Lunatic asylums Central Provinces reports 1895-1909 - 1895-1909
Year: 1895
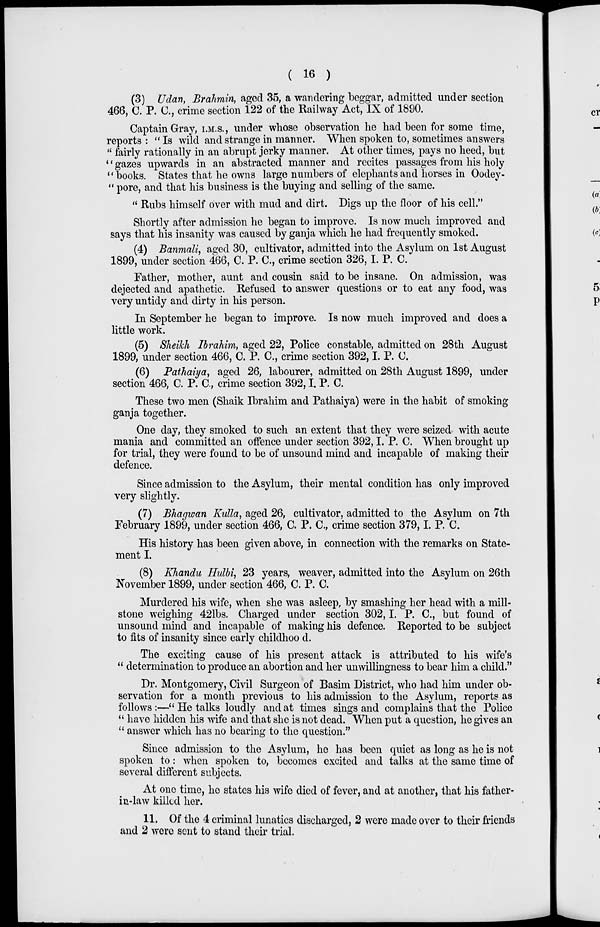
( 16 )
(3) Udan, Brahmin, aged 35, a wandering beggar, admitted under section
466, C. P. C., crime section 122 of the Railway Act, IX of 1890.
Captain Gray, I.M.S., under whose observation he had been for some time,
reports : " Is wild and strange in manner. When spoken to, sometimes answers
" fairly rationally in an abrupt jerky manner. At other times, pays no heed, but
" gazes upwards in an abstracted manner and recites passages from his holy
" books. States that he owns large numbers of elephants and horses in Oodey-
" pore, and that his business is the buying and selling of the same.
" Rubs himself over with mud and dirt. Digs up the floor of his cell."
Shortly after admission he began to improve. Is now much improved and
says that his insanity was caused by ganja which he had frequently smoked.
(4) Banmali, aged 30, cultivator, admitted into the Asylum on 1st August
1899, under section 466, C. P. C., crime section 326, I. P. C.
Father, mother, aunt and cousin said to be insane. On admission, was
dejected and apathetic. Refused to answer questions or to eat any food, was
very untidy and dirty in his person.
In September he began to improve. Is now much improved and does a
little work.
(5) Sheikh Ibrahim, aged 22, Police constable, admitted on 28th August
1899, under section 466, C. P. C., crime section 392,I. P. C.
(6) Pathaiya, aged 26, labourer, admitted on 28th August 1899, under
section 466, C. P. C., crime section 392,I. P. C.
These two men (Shaik Ibrahim and Pathaiya) were in the habit of smoking
ganja together.
One day, they smoked to such an extent that they were seized with acute
mania and committed an offence under section 392,I. P. C. When brought up
for trial, they were found to be of unsound mind and incapable of making their
defence.
Since admission to the Asylum, their mental condition has only improved
very slightly.
(7) Bhagwan Kulla, aged 26, cultivator, admitted to the Asylum on 7th
February 1899, under section 466, C. P. C, crime section 379,I. P. C.
His history has been given above, in connection with the remarks on State-
ment I.
(8) Khandu Hulbi, 23 years, weaver, admitted into the Asylum on 26th
November 1899, under section 466, C. P. C.
Murdered his wife, when she was asleep, by smashing her head with a mill-
stone weighing 42lbs. Charged under section 302,I. P. C., but found of
unsound mind and incapable of making his defence. Reported to be subject
to fits of insanity since early childhoo d.
The exciting cause of his present attack is attributed to his wife's
" determination to produce an abortion and her unwillingness to bear him a child."
Dr. Montgomery, Civil Surgeon of Basim District, who had him under ob-
servation for a month previous to his admission to the Asylum, reports as
follows :—" He talks loudly and at times sings and complains that the Police
" have hidden his wife and that she is not dead. When put a question, he gives an
" answer which has no bearing to the question."
Since admission to the Asylum, he has been quiet as long as he is not
spoken to: when spoken to, becomes excited and talks at the same time of
several different subjects.
At one time, he states his wife died of fever, and at another, that his father-
in-law killed her.
11. Of the 4 criminal lunatics discharged, 2 were made over to their friends
and 2 were sent to stand their trial.